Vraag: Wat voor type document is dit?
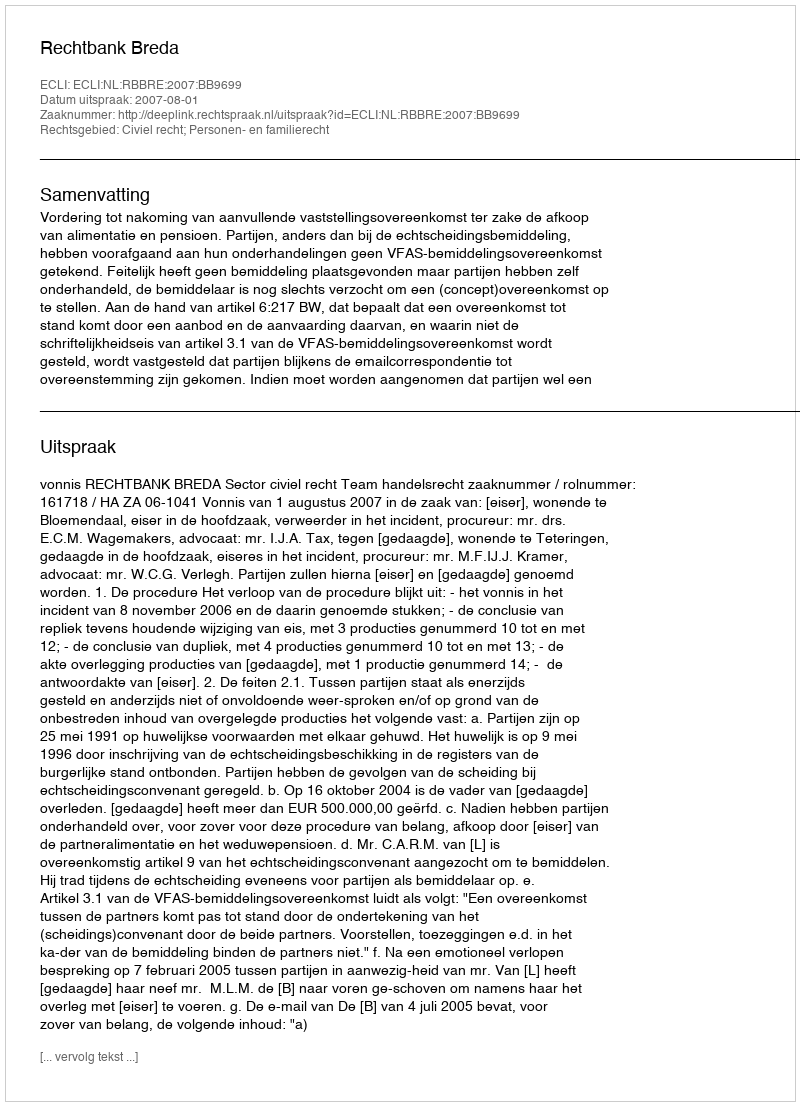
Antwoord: Uitspraak